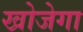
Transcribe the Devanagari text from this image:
खोजेगा